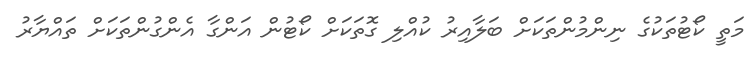
މަތީ ކޯޓުތަކުގެ ނިންމުންތަކަށް ބަލާއިރު ކުއްލި ގޮތަކަށް ކޯޓުން އަންގާ އެންގުންތަކަށް ތައްޔާރު